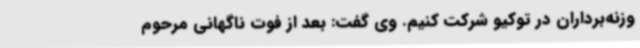
وزنه‌برداران در توکیو شرکت کنیم. وی گفت: بعد از فوت ناگهانی مرحوم